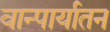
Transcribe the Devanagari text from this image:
वान्पार्यातन